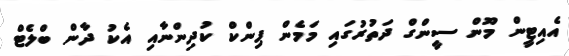
އެއިޓީން މޫން ސީންގް ދަތުރުގައި މަމެން ޕިންކް ކުދިންނާއި އެކު ދާން ބްލެޓް